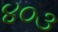
૪૦૩